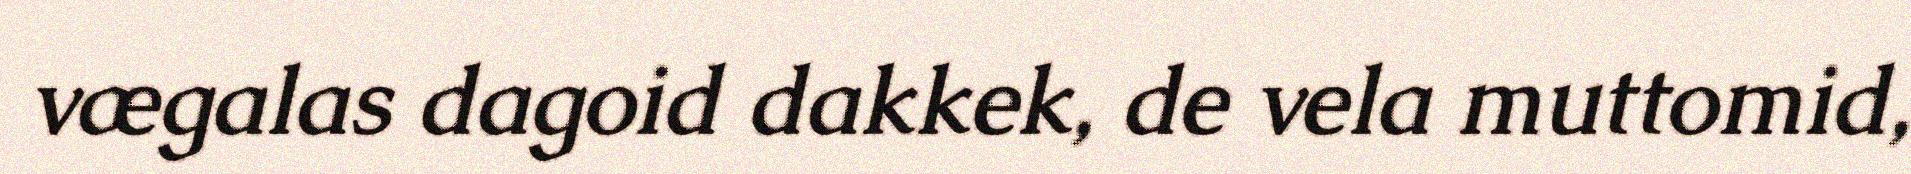
vægalas dagoid dakkek, de vela muttomid,